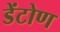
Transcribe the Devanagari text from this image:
डेंटोण